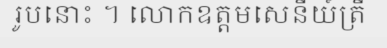
រូបនោះ ។ លោកឧត្តមសេនីយ៍ត្រី